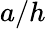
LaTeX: a/h